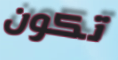
تكون